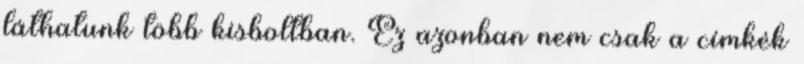
láthatunk több kisboltban. Ez azonban nem csak a címkék